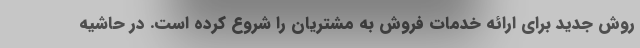
روش جدید برای ارائه خدمات فروش به مشتریان را شروع کرده است. در حاشیه